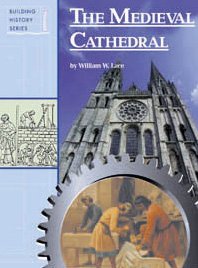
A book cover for Medieval Cathedral (Building History); William W. Lace; Teen & Young Adult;